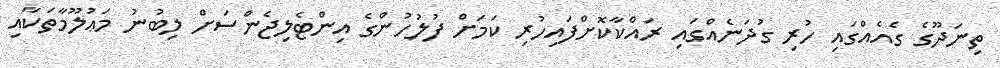
ތިނަދޫގެ ގެއެއްގައި ހުރި ގުދަނެއްގައި ރައްކާކޮށްފައިހުރި ކަމަށް ފުލުހުންގެ އިންޓެލިޖެންސަށް ލިބުނު މަޢުލޫމާތަކާއި